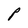
Character: P